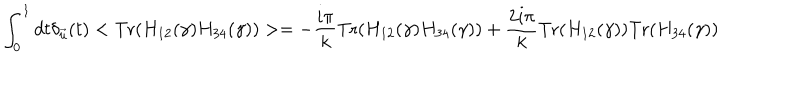
LaTeX: \int _ { 0 } ^ { 1 } d t \delta _ { \vec { u } } ( t ) < \mathrm { T r } ( H _ { 1 2 } ( \gamma ) H _ { 3 4 } ( \gamma ) ) > = - { \frac { i \pi } { k } } \mathrm { T r } ( H _ { 1 2 } ( \gamma ) H _ { 3 4 } ( \gamma ) ) + { \frac { 2 i \pi } { k } } \mathrm { T r } ( H _ { 1 2 } ( \gamma ) ) \mathrm { T r } ( H _ { 3 4 } ( \gamma ) )